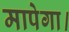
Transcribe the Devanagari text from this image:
मापेगा।